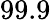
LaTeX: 99.9